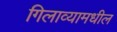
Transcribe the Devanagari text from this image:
गिलाव्यामधील